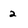
Character: 2